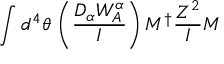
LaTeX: \int d ^ { 4 } \theta \, \left( \frac { D _ { \alpha } W _ { A } ^ { \alpha } } { I } \right) { M } ^ { \dagger } { \frac { Z ^ { 2 } } { I } } { M }